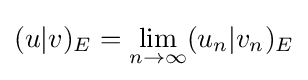
(u|v)_{E}=\lim _{n\to \infty }(u_{n}|v_{n})_{E}